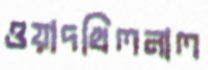
ওয়াদখিলনাল